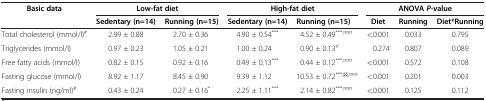
<table><thead><tr><td rowspan="2"><b>Basic data</b></td><td colspan="2"><b>Low-fat diet</b></td><td colspan="2"><b>High-fat diet</b></td><td colspan="3"><b>ANOVA<i>P</i>-value</b></td></tr><tr><td><b>Sedentary (n=14)</b></td><td><b>Running (n=15)</b></td><td><b>Sedentary (n=14)</b></td><td><b>Running (n=15)</b></td><td><b>Diet</b></td><td><b>Running</b></td><td><b>Diet*Running</b></td></tr></thead><tbody><tr><td>Total cholesterol (mmol/l)<sup>#</sup></td><td>2.99 ± 0.88</td><td>2.70 ± 0.36</td><td>4.90 ± 0.54<sup>***</sup></td><td>4.52 ± 0.49<sup>***,¤¤¤</sup></td><td>&lt;0.001</td><td>0.033</td><td>0.795</td></tr><tr><td>Triglycerides (mmol/l)</td><td>0.97 ± 0.23</td><td>1.05 ± 0.21</td><td>1.00 ± 0.24</td><td>0.90 ± 0.13<sup>¤</sup></td><td>0.274</td><td>0.807</td><td>0.089</td></tr><tr><td>Free fatty acids (mmol/l)</td><td>0.82 ± 0.15</td><td>0.92 ± 0.16</td><td>0.49 ± 0.13<sup>***</sup></td><td>0.44 ± 0.12<sup>***,¤¤¤</sup></td><td>&lt;0.001</td><td>0.572</td><td>0.108</td></tr><tr><td>Fasting glucose (mmol/l)</td><td>8.92 ± 1.17</td><td>8.45 ± 0.90</td><td>9.39 ± 1.12</td><td>10.53 ± 0.72<sup>***,§§,¤¤¤</sup></td><td>&lt;0.001</td><td>0.201</td><td>0.003</td></tr><tr><td>Fasting insulin (ng/ml)<sup>#</sup></td><td>0.43 ± 0.24</td><td>0.27 ± 0.16<sup>*</sup></td><td>2.25 ± 1.11<sup>***</sup></td><td>2.14 ± 0.82<sup>***,¤¤¤</sup></td><td>&lt;0.001</td><td>0.125</td><td>0.112</td></tr></tbody></table>